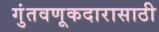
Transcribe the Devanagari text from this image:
गुंतवणूकदारासाठी